Insane asylums in Bengal annual reports 1867-1875 - 1867-1875
Year: 1867
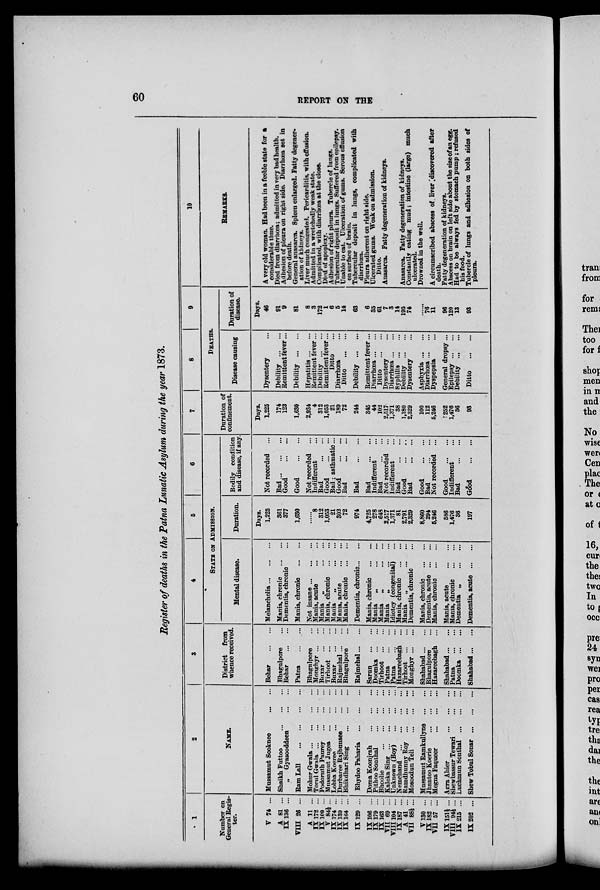
60
REPORT ON THE
Register of deaths in the Patna Lunatic Asylum during the year 1873.
1
Number on
General Regis-
ter.
V 74 ...
A 81 ...
IX 136 ...
VIII 26 ...
A 11 ...
IX 172 ...
IX 100 ...
V 84½...
IX 174 ...
1X 139 ...
1X 164 ...
IX 129...
IX 106 ...
IX 179 ...
IX 163 ...
VII 69 ...
VIII 104 ...
IX 187 ...
A 41 ...
VII 88½ ...
V 130 ...
IX 182 ...
VII 57 ...
IX 151½ ...
VII 94½ ...
IX 215 ...
IX 202 ...
2
NAME.
Mussamut Sooknee
...
...
Shaikh Futtoo
... ... ...
„ Gyasooddeen
...
...
Ram Lall
...
...
...
...
Mohur Gwala
...
...
...
...
Torul Gwala
...
...
...
...
Podoruth Paurey
...
...
...
Mussamut Jugea
...
...
...
Lobha Koeree
...
...
...
Durbaree Rajbunsee
...
...
Bhikdhari Sing
...
...
...
Bhydoo Paharia ... ... ...
Doma Koonirah
...
...
...
Pithoo Sonthal
...
...
...
Bhoolie
...
...
...
...
Kaleka Sing
...
...
...
...
Unknown (Boy)
...
...
...
Nemchand
...
...
...
...
Ramdhunny Roy
...
...
...
MosoodunTeli
...
...
...
Mussamut Ramkullyne ... ...
Jhantoo Koerie
...
...
...
Megna Faqueer
...
...
...
Agra Ahier
...
...
...
Shewbassur Tewari ... ...
Luchmun Sonthal
...
...
...
Shew Tobul Sonar
...
...
...
3
District
from
whence received.
Behar
...
...
Bhagnlpore ...
Behar
...
...
Patna
...
...
Bhagulpore ...
Monghyr ... ...
Buxar
...
...
Tirhoot
...
...
Buxar
...
...
Rajmehal ... ...
Bhagulpore ...
Rajmehal ... ...
Sarun
...
...
Doomka
...
...
Tirhoot
...
...
Patna
...
...
Patna
...
...
Hazareebagh ...
Tirhoot
...
...
Monghyr ... ...
Shahabad ... ...
Bhagulpore ...
Hazareebagh ...
Shahabad
...
Patna
...
...
Doomka ... ...
Shahabad ... ...
4
5
6
STATE ON ADMISSION.
Mental disease.
Melancholia ... ...
Mania, chronic
...
...
Dementia, chronic ...
Mania, chronic
...
...
Not insane
...
...
Mania, acute
...
...
Mania „
...
...
Mania, chronic
...
...
Mania
„
...
...
Mania, acute
...
...
Mania, chronic
...
...
Dementia, chronic ... ...
Mania, chronic
...
...
Mania
„
...
...
Mania
„
...
...
Mania
„
...
...
Idiotcy (congenital) ...
Mania, chronic
...
...
Mania
„
...
...
Dementia, chronic ...
Mania, chronic
...
...
Dementia, acute
...
...
Mania, chronic
...
...
Mania, acute
...
...
Mania, chronic
...
...
Dementia „
...
...
Dementia, acute
...
...
Duration.
Days.
1,225
361
377
1,630
... ...
8
312
1,053
21
302
72
974
4,725
278
648
2,517
1,371
81
2,791
2,329
8,860
294
5,246
586
1,476
36
197
Bodily condition
and disease, if any.
Not recorded ...
Bad ... ... ...
Good
...
...
Good
...
...
Not recorded ...
Indifferent ...
Bad
...
...
Good
...
...
Bad; asthmatic...
Good ... ...
Bad
...
...
Bad
...
...
Bad
...
...
Indifferent ...
Bad
...
...
Not recorded ...
Indifferent ...
Bad
...
...
Good
...
...
Bad
...
...
Good
...
...
Bad
...
...
Not recorded
...
Good
...
...
Indifferent ...
Bad
...
...
Good
...
...
7
Duration of
confinement.
Days.
1,225
174
123
1,630
2,934
4
312
1,053
21
189
72
244
345
44
102
2,517
1,371
38
1,180
2,329
100
112
5,246
252
1,476
36
93
8
9
DEATHS.
Disease causing
Dysentery ...
Debility
...
...
Remittent fever...
Debility
...
...
Hepatitis ... ...
Remittent fever...
Debility
...
...
Remittent fever...
Ditto ...
Diarrhœa ...
Ditto
...
...
Debility
...
...
Remittent fever...
Diarrhœa ... ...
Ditto
...
...
Dysentery ...
Diarrhœa ... ...
Syphilis
...
...
Debility
...
...
Dysentery ...
Asphyxia ...
...
Diarrhœa ... ...
Dyspepsia ...
General dropsy...
Epilepsy ... ...
Debility
...
...
Ditto
...
...
Duration of
disease.
Days.
46
91
9
81
8
3
172
1
6
5
14
63
6
35
61
7
3
14
195
74
... ...
76
11
96
120
13
93
10
REMARKS.
A very old woman. Had been in a feeble state for a
considerable time.
Died from diarrhœa; admitted in very bad health.
Adhesion of pleura on right side. Diarrhœa set in
before death.
General anasarca. Spleen enlarged. Fatty degener-
ation of kidneys.
Liver much congested. Pericarditis, with effusion.
Admitted in a wretchedly weak state.
Complicated, with diarrhœa at the close.
Died of apoplexy.
Adhesion of right pleura. Tubercle of lungs.
Tubercular deposit in lungs. Suffered from epilepsy.
Unable to eat. Ulceration of gums. Serous effusion
on surface of brain.
Tubercular deposit in lungs, complicated with
diarrhœa.
Pleura adherent on right side.
Ulcerated gums. Weak on admission.
Ditto.
Anasarca. Fatty degeneration of kidneys.
Anasarca. Fatty degeneration of kidneys.
Constantly eating mud; intestine (large) much
ulcerated.
Drowned in the well.
A circumscribed abscess of liver discovered after
death.
Fatty degeneration of kidneys.
Abscess on brain on left side about the size of an egg.
Had to be always fed by stomach pump; refused
his food.
Tubercle of lungs and adhesion on both sides of
pleura.